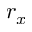
r _ { x }